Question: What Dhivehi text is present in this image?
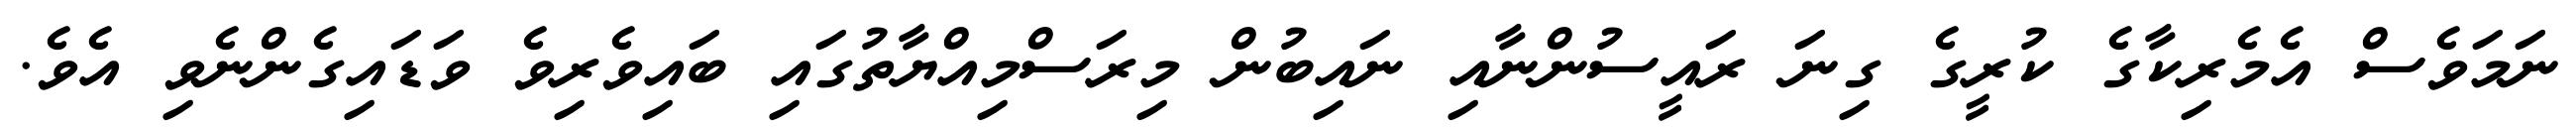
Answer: ނަމަވެސް އެމެރިކާގެ ކުރީގެ ގިނަ ރައީސުންނާއި ނައިބުން މިރަސްމިއްޔާތުގައި ބައިވެރިވެ ވަޑައިގެންނެވި އެވެ.